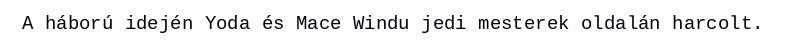
A háború idején Yoda és Mace Windu jedi mesterek oldalán harcolt.